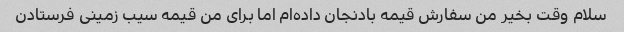
سلام وقت بخیر من سفارش قیمه بادنجان داده‌ام اما برای من قیمه سیب زمینی فرستادن